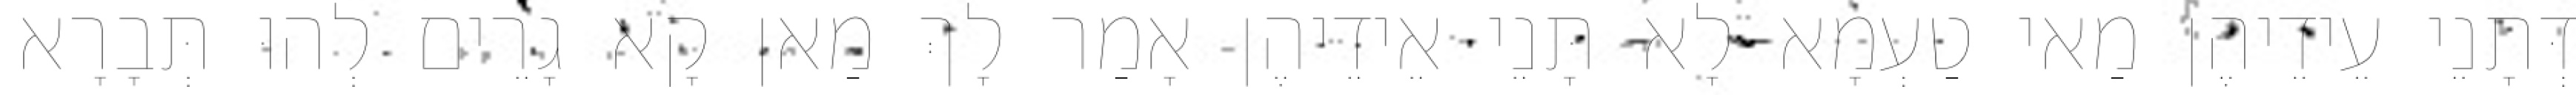
דְּתָנֵי עֵידֵיהֶן מַאי טַעְמָא לָא תָּנֵי אֵידֵיהֶן אָמַר לָךְ מַאן קָא גָרֵים לְהוּ תְּבָרָא